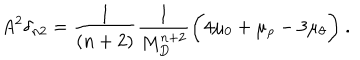
A ^ { 2 } \delta _ { n 2 } = \frac { 1 } { ( n + 2 ) } \frac { 1 } { M _ { D } ^ { n + 2 } } \bigg ( 4 \mu _ { 0 } + \mu _ { \rho } - 3 \mu _ { \theta } \bigg ) ~ .